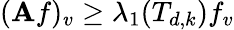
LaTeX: (\mathbf{A}f)_{v}\geq\lambda_{1}(T_{d,k})f_{v}